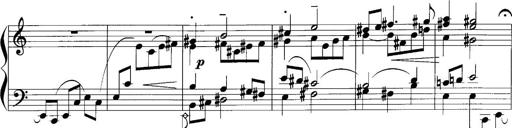
Title: Sonatina No.1
Composer: Otto Stoll
Key: C major